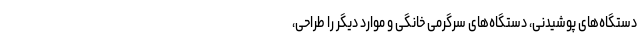
دستگاه‌های پوشیدنی، دستگاه‌های سرگرمی خانگی و موارد دیگر را طراحی،